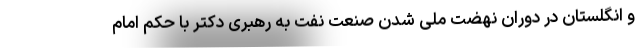
و انگلستان در دوران نهضت ملی شدن صنعت نفت به رهبری دکتر با حکم امام